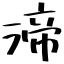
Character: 渧